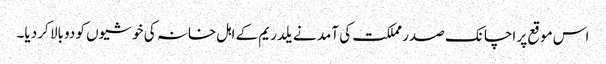
اس موقع پر اچانک صدر مملکت کی آمد نے یلدریم کے اہل خانہ کی خوشیوں کو دوبالا کر دیا۔